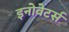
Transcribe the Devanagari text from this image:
इनोवेटर्स